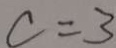
c = 3